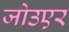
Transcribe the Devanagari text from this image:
जोउएर